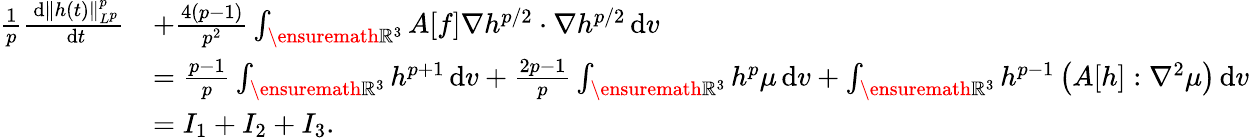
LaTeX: \begin{array}{rl}{\frac{1}{p}\frac{\, \mathrm{d}\| h(t)\| _{L^{p}}^{p}}{\, \mathrm{d}t}}&{+\frac{4(p-1)}{p^{2}}\int_{\ensuremath{{\mathbb R}}^{3}}A[f]\nabla h^{p/2}\cdot\nabla h^{p/2}\, \mathrm{d}v}\\ &{=\frac{p-1}{p}\int_{\ensuremath{{\mathbb R}}^{3}}h^{p+1}\, \mathrm{d}v+\frac{2p-1}{p}\int_{\ensuremath{{\mathbb R}}^{3}}h^{p}\mu\, \mathrm{d}v+\int_{\ensuremath{{\mathbb R}}^{3}}h^{p-1}\left(A[h]:\nabla^{2}\mu\right)\, \mathrm{d}v}\\ &{=I_{1}+I_{2}+I_{3}.}\end{array}